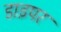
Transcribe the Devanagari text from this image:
डाइपर